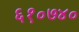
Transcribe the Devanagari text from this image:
६१०७४०